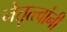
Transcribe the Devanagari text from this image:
नेतृत्त्वांनी